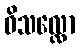
ဝိသလ္လော